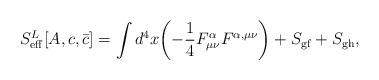
LaTeX: \begin{align*}S^L_{\rm eff}[A, c, {\bar c}]=\int d^4x\biggl(-{1\over 4} F^\alpha_{\mu\nu}F^{\alpha, \mu\nu}\biggr)+S_{\rm gf}+S_{\rm gh},\end{align*}